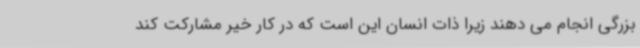
بزرگی انجام می دهند زیرا ذات انسان این است که در کار خیر مشارکت کند